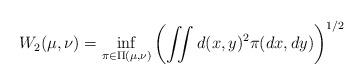
LaTeX: \begin{align*}W_{2}(\mu,\nu)=\inf_{\pi\in\Pi(\mu,\nu)}\left( \iint d(x,y)^{2}\pi(dx,dy) \right) ^{1/2}\end{align*}